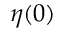
\eta ( 0 )